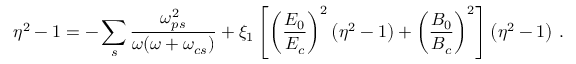
\eta ^ { 2 } - 1 = - \sum _ { s } \frac { \omega _ { p s } ^ { 2 } } { \omega ( \omega + \omega _ { c s } ) } + \xi _ { 1 } \left[ \left( \frac { E _ { 0 } } { E _ { c } } \right) ^ { 2 } \left( \eta ^ { 2 } - 1 \right) + \left( \frac { B _ { 0 } } { B _ { c } } \right) ^ { 2 } \right] \left( \eta ^ { 2 } - 1 \right) \, .